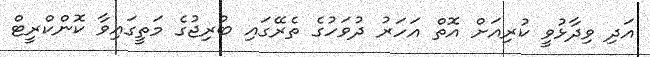
އަދި ވިދާޅުވީ ކުރިއަށް އޮތް އަހަރު ދުވަހުގެ ތެރޭގައި ބުރިޖުގެ މަތީގައިވާ ކޮންކްރީޓް